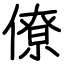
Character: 僚